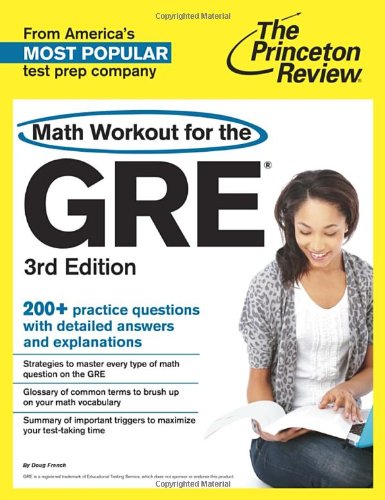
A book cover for Math Workout for the GRE, 3rd Edition (Graduate School Test Preparation); Princeton Review; Test Preparation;